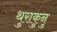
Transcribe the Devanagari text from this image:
थुराकुनु